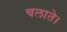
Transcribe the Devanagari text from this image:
चलाते।